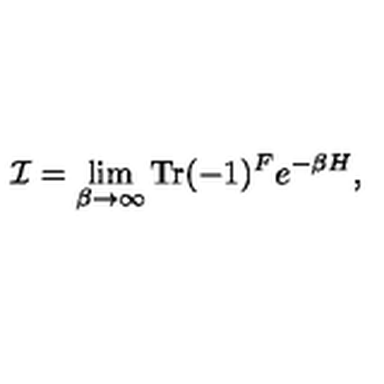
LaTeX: { \cal I } = \lim _ { \beta \rightarrow \infty } \mathrm { T r } ( - 1 ) ^ { F } e ^ { - \beta H } ,